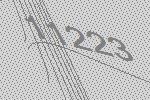
11223